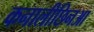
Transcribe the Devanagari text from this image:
कनालीछिनआ